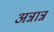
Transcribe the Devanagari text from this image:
अन्नान्न